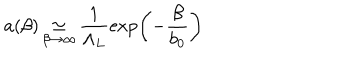
a ( \beta ) \mathop \simeq _ { \beta \to \infty } \frac { 1 } { \Lambda _ { L } } \exp \left( - \frac { \beta } { b _ { 0 } } \right)